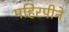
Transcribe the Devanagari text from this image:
महिरपीने